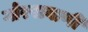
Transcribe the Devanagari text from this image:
गोरखबाणी